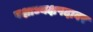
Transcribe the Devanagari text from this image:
पक्षाध्यक्षपदावर